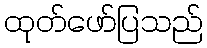
ထုတ်ဖော်ပြသည်